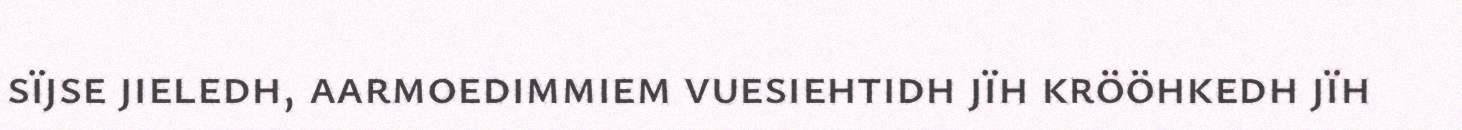
sïjse jieledh, aarmoedimmiem vuesiehtidh jïh krööhkedh jïh